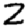
Digit: 2